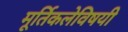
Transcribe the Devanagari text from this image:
मूर्तिकलेविषयी